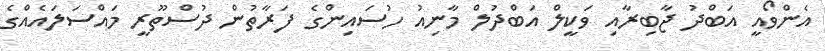
އެންވޯއީ އަބްދު ޖާބިރާއި ވަކީލް އަބްދުލް މާނިއު ހުސައިންގެ ފަރާތުން ދުސްތޫރީ މައްސަލައެއްގެ